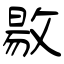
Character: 敭